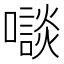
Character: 𡃘